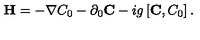
{ \bf H } = - \nabla C _ { 0 } - \partial _ { 0 } { \bf C } - i g \left[ { \bf C } , C _ { 0 } \right] .